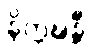
နိက္ကဍ္ဎန္တီ